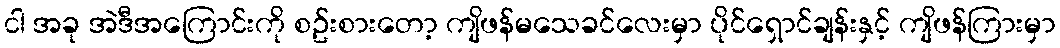
ငါ အခု အဲဒီအကြောင်းကို စဥ်းစားတော့ ကျိဖန်မသေခင်လေးမှာ ပိုင်ရှောင်ချန်းနှင့် ကျိဖန်ကြားမှာ